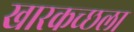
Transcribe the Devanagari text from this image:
खारकच्छला